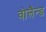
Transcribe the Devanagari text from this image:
वोलैन्ड